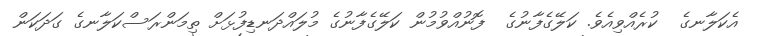
އެކަލާނގެ  ކުރެއްވިއެވެ. ކަލޭގެފާނުގެ  ފޮނުއްވުމުން ކަލޭގެފާނުގެ މުލައްދަނޑިފުޅަށް ތިމަންރަސްކަލާނގެ ގަދަކަން